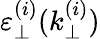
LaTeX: \varepsilon_{\perp}^{(i)}(k_{\perp}^{(i)})